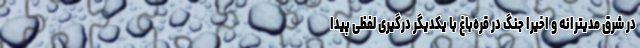
در شرق مدیترانه و اخیرا جنگ در قره‌باغ با یکدیگر درگیری لفظی پیدا